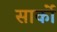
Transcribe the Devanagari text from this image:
सार्को